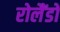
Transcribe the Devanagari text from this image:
रोलैंडो